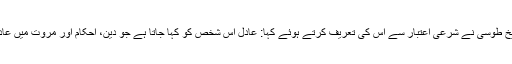
[7]شیخ طوسی نے شرعی اعتبار سے اس کی تعریف کرتے ہوئے کہا: عادل اس شخص کو کہا جاتا ہے جو دین، احکام اور مروت میں عادل ہو۔